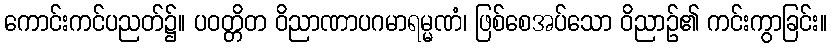
ကောင်းကင်ပညတ်၌။ ပဝတ္တိတ ဝိညာဏာပဂမာရမ္မဏံ၊ ဖြစ်စေအပ်သော ဝိညာဉ်၏ ကင်းကွာခြင်း။